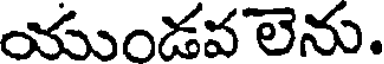
యుండవలెను.